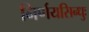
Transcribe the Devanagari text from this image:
निर्णयसिन्धुः